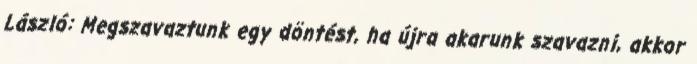
László: Megszavaztunk egy döntést, ha újra akarunk szavazni, akkor